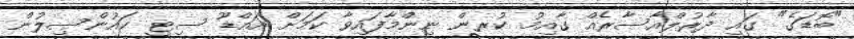
"ބޮޑަގެ" ގައި ދާރުލްއާސާރެއް ގާއިމު ކުރން ނިންމާފައިވާ ކަމަށް އައްޑޫ ސިޓީ ކައުންސިލުން